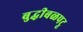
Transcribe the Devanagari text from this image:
बुद्धीबळपटू